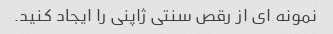
نمونه ای از رقص سنتی ژاپنی را ایجاد کنید.